Language: tamil
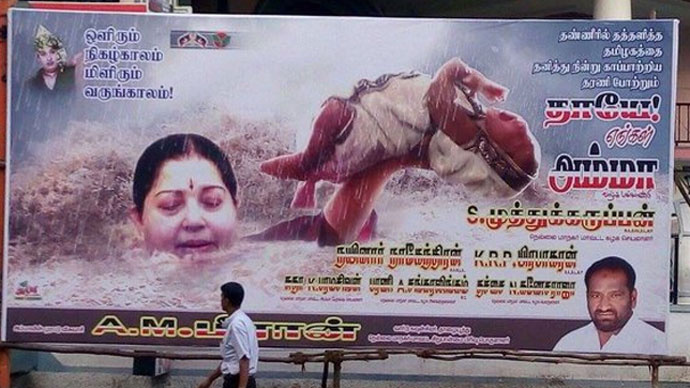
Transcription: ஒளிரும் நிகழ்காலம் மிளிரும் வருங்காலம் அம்மா முத்துக்கருப்பன் தாயே எங்கள்